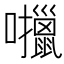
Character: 𫬶